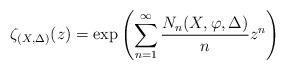
LaTeX: \begin{align*}\zeta_{(X, \Delta)}(z) = \exp \left( \sum_{n=1}^{\infty} \frac{N_n(X, \varphi, \Delta)}{n} z^n \right)\end{align*}